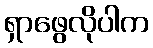
ရှာဖွေလိုပါက